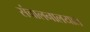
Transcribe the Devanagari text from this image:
संचालनालयात